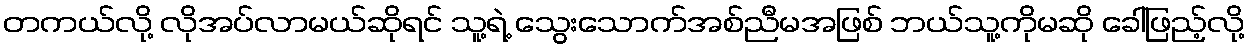
တကယ်လို့ လိုအပ်လာမယ်ဆိုရင် သူ့ရဲ့ သွေးသောက်အစ်ညီမအဖြစ် ဘယ်သူ့ကိုမဆို ခေါ်ဖြည့်လို့